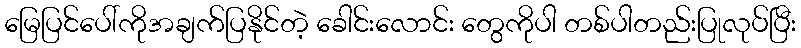
မြေပြင်ပေါ်ကိုအချက်ပြနိုင်တဲ့ ခေါင်းလောင်း တွေကိုပါ တစ်ပါတည်းပြုလုပ်ပြီး